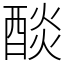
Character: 醈